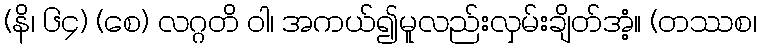
(နိ၊ ၆၄) (စေ) လဂ္ဂတိ ဝါ၊ အကယ်၍မူလည်းလှမ်းချိတ်အံ့။ (တဿစ၊